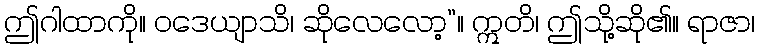
ဤဂါထာကို။ ဝဒေယျာသိ၊ ဆိုလေလော့”။ ဣတိ၊ ဤသို့ဆို၏။ ရာဇာ၊